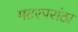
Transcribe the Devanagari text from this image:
मटरपरांठा